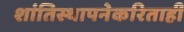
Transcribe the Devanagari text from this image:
शांतिस्थापनेकरिताही